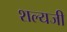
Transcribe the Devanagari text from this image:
शल्यजी